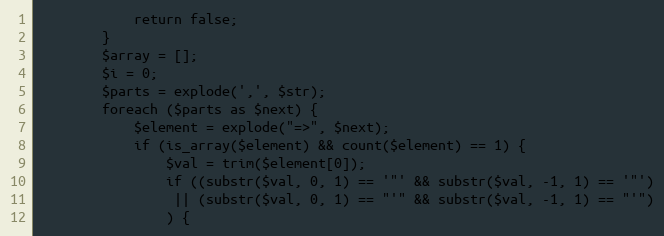
Language: PHP
            return false;
        }
        $array = [];
        $i = 0;
        $parts = explode(',', $str);
        foreach ($parts as $next) {
            $element = explode("=>", $next);
            if (is_array($element) && count($element) == 1) {
                $val = trim($element[0]);
                if ((substr($val, 0, 1) == '"' && substr($val, -1, 1) == '"')
                 || (substr($val, 0, 1) == "'" && substr($val, -1, 1) == "'")
                ) {